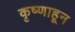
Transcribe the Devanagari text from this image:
कृष्णाहून